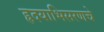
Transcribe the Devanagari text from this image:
हृदयाभिसरणचे